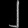
Digit: ၂